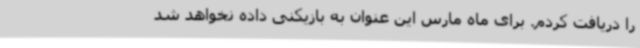
را دریافت کردم. برای ماه مارس این عنوان به بازیکنی داده نخواهد شد